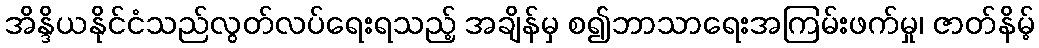
အိန္ဒိယနိုင်ငံသည်လွတ်လပ်ရေးရသည့် အချိန်မှ စ၍ဘာသာရေးအကြမ်းဖက်မှု၊ ဇာတ်နိမ့်